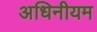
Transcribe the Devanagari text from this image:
अधिनीयम